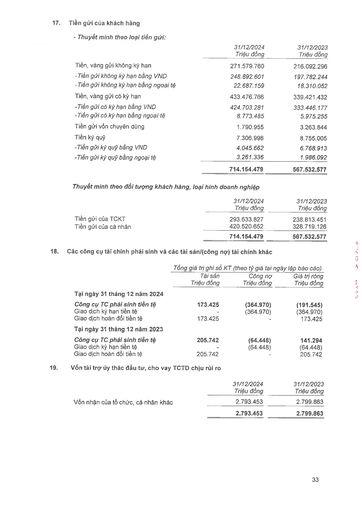
||31/12/2024 Triệu đồng|31/12/2023 Triệu đồng| |---|---|---| |Tiền, vàng gửi không kỳ hạn|271.579.760|216.092.296| |-Tiền gửi không kỳ hạn bằng VND|248.892.601|197.782.244| |Tiền gửi không kỳ hạn bằng ngoại tệ|22.687.159|18.310.052| |Tiền, vàng gửi có kỳ hạn|433.476.766|339.421.432| |-Tiền gửi có kỳ hạn bằng VND|424.703.281|333.446.177| |-Tiền gửi có kỳ hạn bằng ngoại tệ|8.773.485|5.975.255| |Tiền gửi vốn chuyên dụng|1.790.955|3.263.844| |Tiền ký quỹ|7.306.998|8.755.005| |-Tiền gửi ký quỹ bằng VND|4.045.662|6.768.913| |-Tiền gửi ký quỹ bằng ngoại tệ|3.261.336|1.986.092| ||714.154.479|567.532.577| ||31/12/2024|31/12/2023| |---|---|---| ||Triệu đồng|Triệu đồng| |Tiền gửi của TCKT|293.633.827|238.813.451| |Tiền gửi của cá nhân|420.520.652|328.719.126| ||714.154.479|567.532.577| ||Tổng giá trị ghi sổ kế toán|(theo tỷ giá tại ngày|lập báo cáo)| |---|---|---|---| ||Tài sản Triệu đồng|Công nợ Triệu đồng|Giá trị ròng Triệu đồng| |Tại ngày 31 tháng 12 năm 2024|||| |Công cụ TC phái sinh tiền tệ|173.425|(364.970)|(191.545)| |Giao dịch kỳ hạn tiền tệ|-|(364.970)|(364.970)| |Giao dịch hoán đổi tiền tệ|173.425|-|173.425| |Tại ngày 31 tháng 12 năm 2023|||| |Công cụ TC phái sinh tiền tệ|205.742|(64.448)|141.294| |Giao dịch kỳ hạn tiền tệ|-|(64.448)|(64.448)| |Giao dịch hoán đổi tiền tệ|205.742|-|205.742| ||31/12/2024|31/12/2023| |---|---|---| ||Triệu đồng|Triệu đồng| |Vốn nhận của tổ chức, cá nhân khác|2.793.453|2.799.863| ||2.793.453|2.799.863|